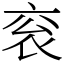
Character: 衮